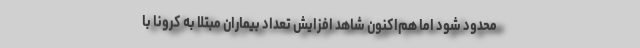
محدود شود اما هم‌اکنون شاهد افزایش تعداد بیماران مبتلا به کرونا با